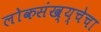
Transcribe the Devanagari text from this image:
लोकसंख्य्चेचा